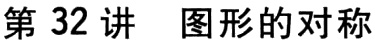
第 32 讲 图形的对称